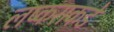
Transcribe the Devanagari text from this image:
लष्कराकडे